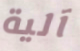
آلية